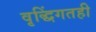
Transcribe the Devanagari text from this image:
वृद्धिंगतही